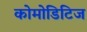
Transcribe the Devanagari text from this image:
कोमोडिटिज